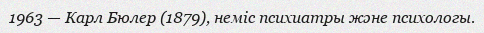
1963 — Карл Бюлер (1879), неміс психиатры және психологы.